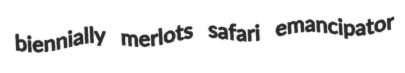
biennially merlots safari emancipator